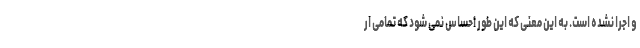
و اجرا نشده است. به این معنی که این طور احساس نمی شود که تمامی ار